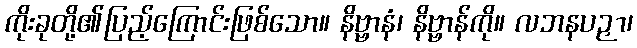
ကိုးခုတို့၏ပြည့်ကြောင်းဖြစ်သော။ နိဗ္ဗာနံ၊ နိဗ္ဗာန်ကို။ လဘနပဉှာ၊